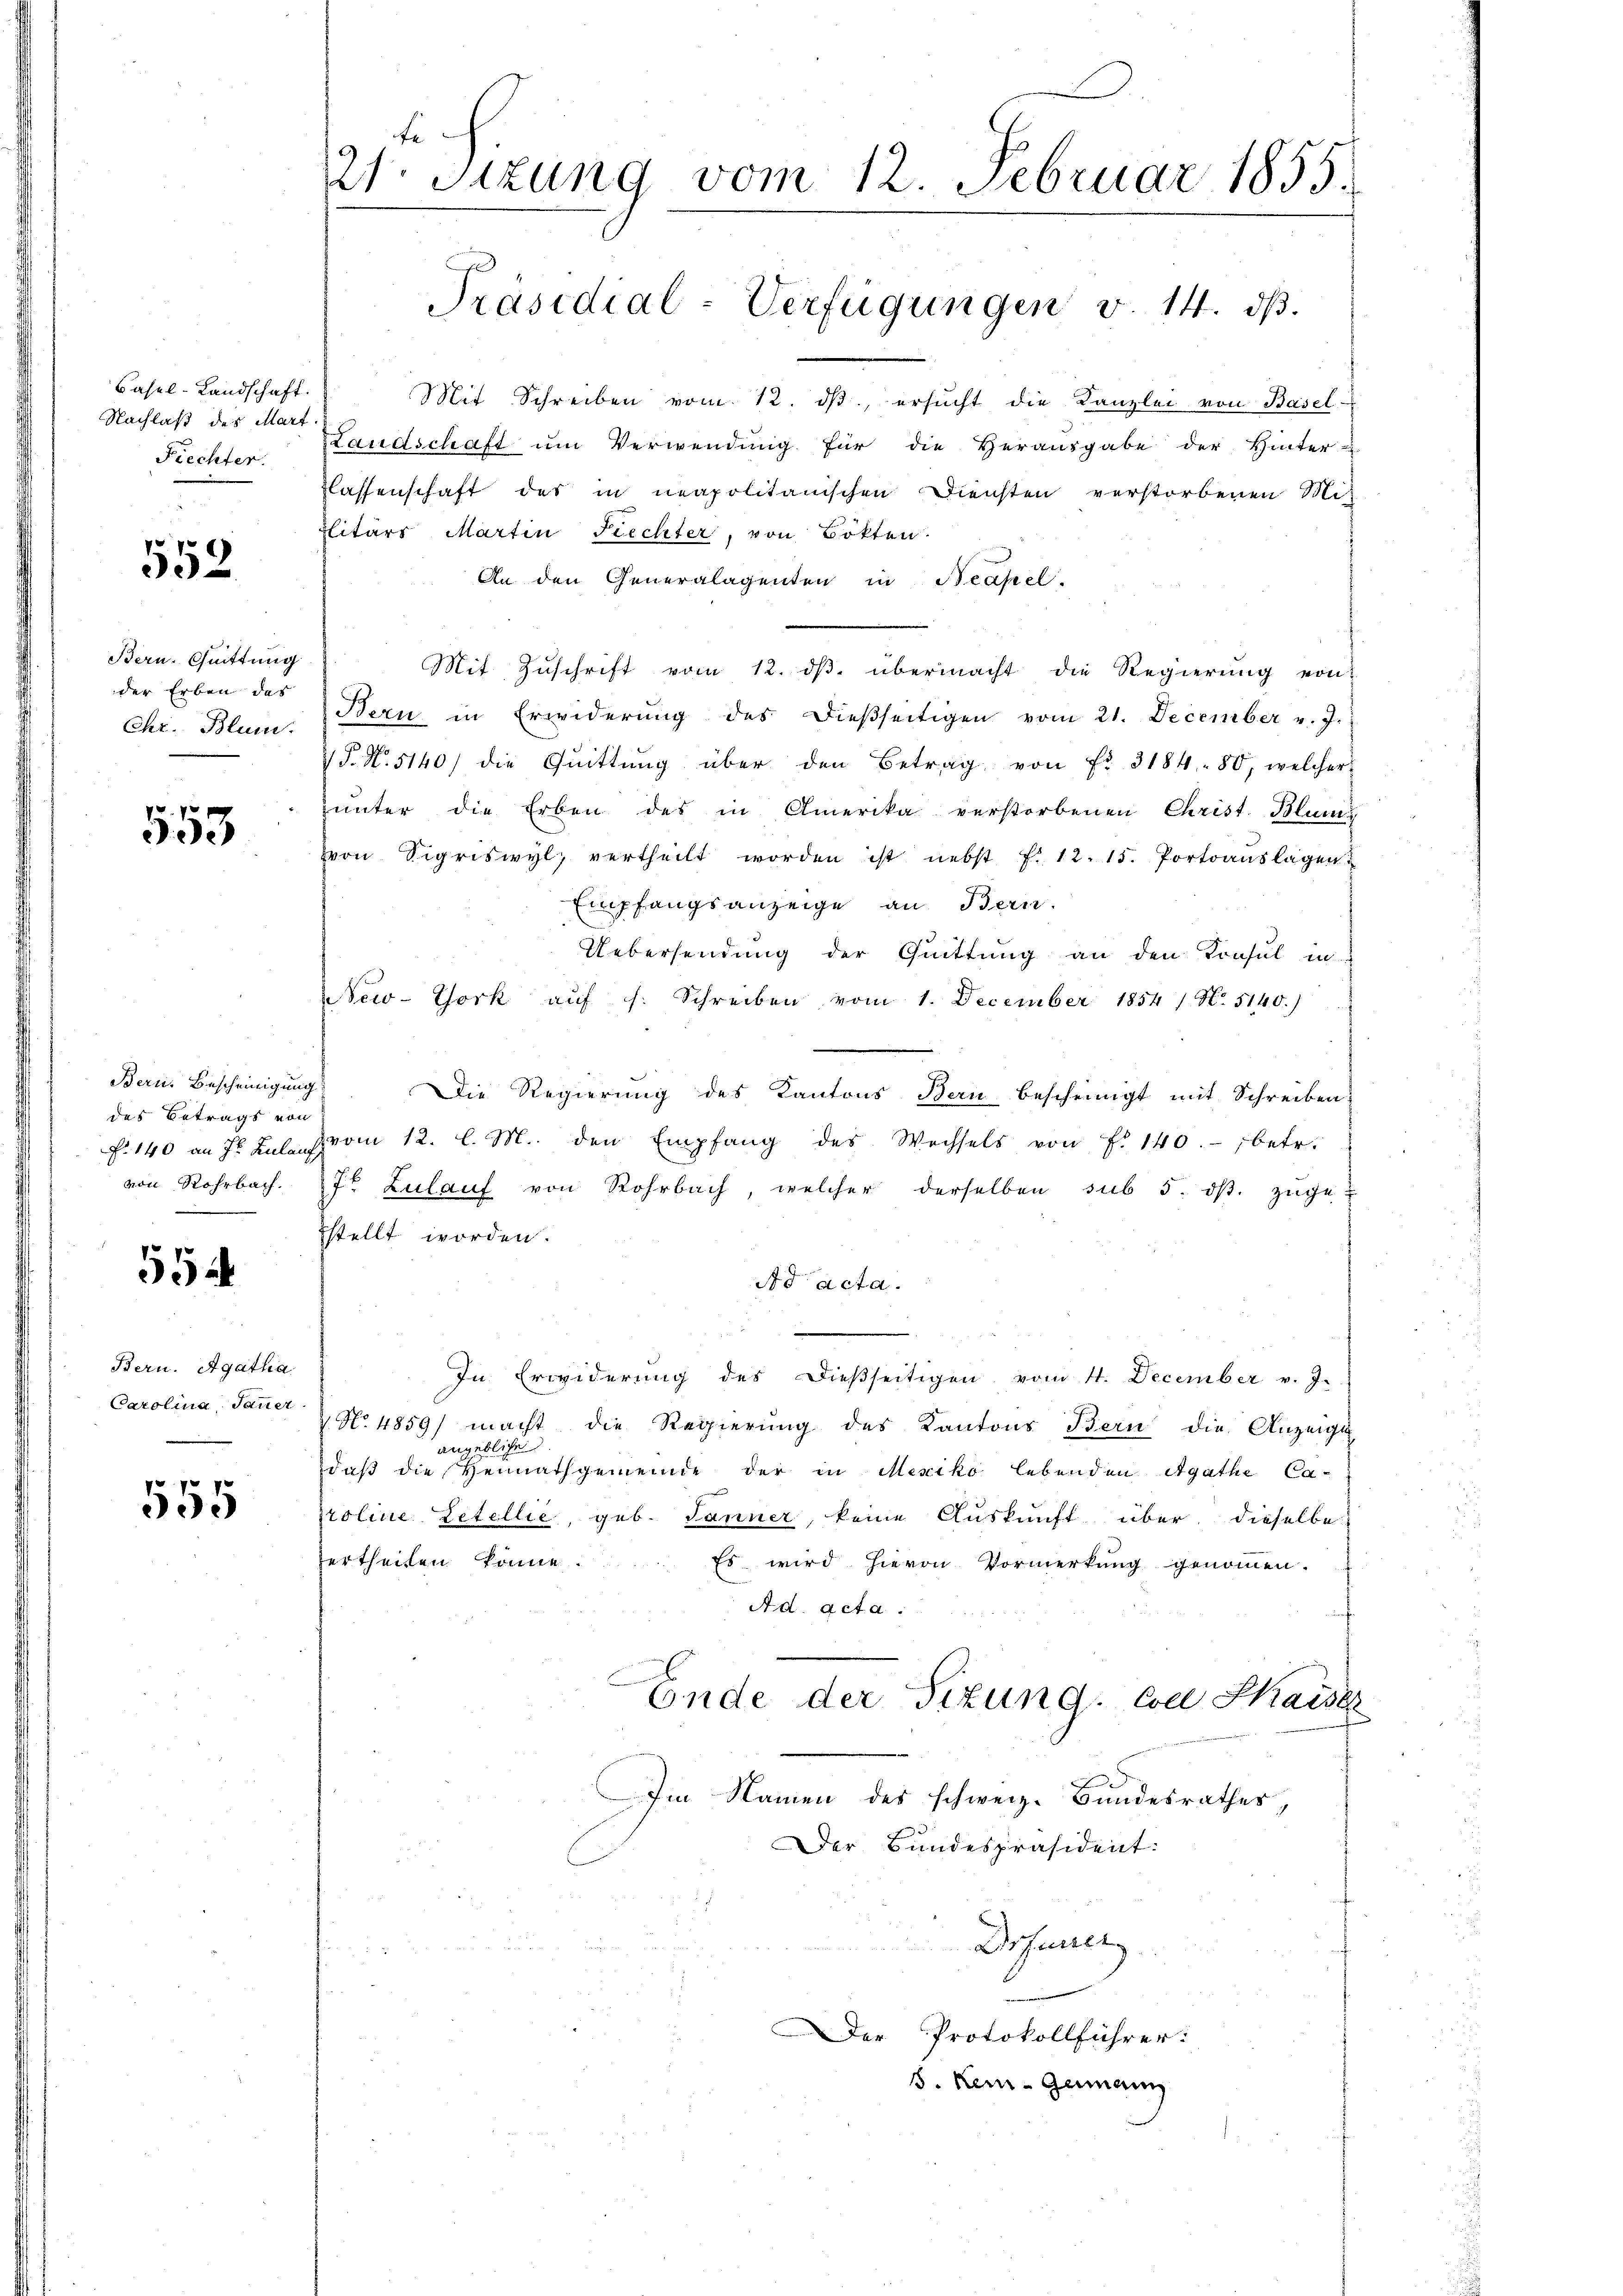
Basel-Landschaft.
Nachlaß des Mart.
Fiechter.

552.

Bern. Quittung
der Erben das
Chr. Blum.

553

Bern. Bescheinigung
des Betrags von

554

Bern. Agatha
Carolina, Janer.

555

Fe
21. Sizung vom 12. Februar 1855.
Präsidial-Verfügungen v. 14. ds.

Mit Schreiben vom 12. dβ, ersŭcht die Kanzlei von Basel-
Landschaft um Verwendung für die Herausgabe der Hinter-
Klassenschaft des in neapolitanischen Diensten verstorbenen Mit
plitärs Martin Frechter, von Botten.
An den Generalagenten in Neapel.
Mit Zuschrift vom 12. ds. übermacht die Regierung von
Bern in Erwiderŭng des dießseitigen vom 21. December v. J.
P. Nr. 5140) die Quittung über den Betrag von Fr. 3184. 80, welcher
zunter die Erben des in Amerika verstorbenen Christ. Blum
von Sigriswyl, vertheilt worden ist nebst f. 12. 15. Portoauslagen
Empfangsanzeige an Bern.
Uebersendung der Quittung an den Konsul in
NNew-York aŭf s. Schreiben vom 1. December 1854 / N. 5140.)
e
Die Regierung des Kantons Bern bescheinigt mit Schreiben
f. 140 an fr. Zulauf vom 12. l. M. den Empfang des Wechsels von f. 140. betr.
von Rohrbach. 72 Zulauf von Rohrbach, welcher derselben sub 5. dβ. zuge-
stellt worden.
Ad acta.

In Erwiderung des dießseitigen vom 4. December v. J.
 N. 4859) macht die Regierung des Kantons Bern die Anzeige
angebliche
daß die Hennathgemeinde der in Mexiko lebenden Agathe Ca-
roline Zetellie, geb. Jänner, keine Auskunft über dieselbe
ertheilen könne.
Es wird hievon Vormerkung genommen.
Ad. Acta.
¬
Ende der Situng. Coll Kaiser
Im Namen des schweiz. Bundesrathes,
Der Bundespräsident:
Drfurrer
Der Protokollführer:
8. Kein Gemann